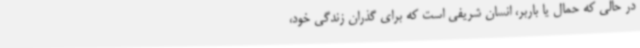
در حالی که حمال یا باربر، انسان شریفی است که برای گذران زندگی خود،